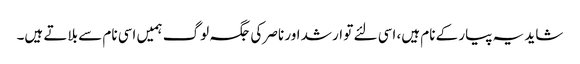
شاید یہ پیار کے نام ہیں، اسی لئے تو ارشد اور ناصر کی جگہ لوگ ہمیں اسی نام سے بلاتے ہیں۔